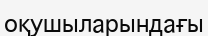
оқушыларындағы